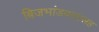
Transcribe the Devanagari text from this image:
बिजभांडवलासह